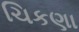
ચિકણા